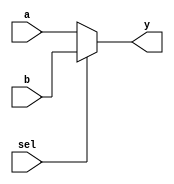
`timescale 1ns / 1ns

module mux2_3(sel, a, b, y);

	input sel;
	input  [2:0] a, b;
	output [2:0] y;
	
	assign y = sel ? b : a;
	
endmodule